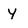
Character: y